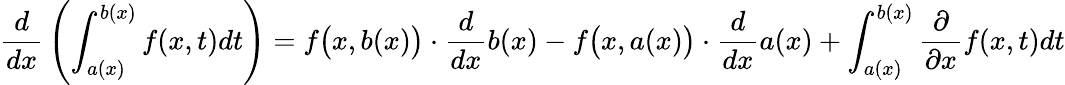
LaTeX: {\frac{d}{dx}}\left(\int_{a(x)}^{b(x)}f(x,t)dt\right)=f{\big(}x,b(x){\big)}\cdot{\frac{d}{dx}}b(x)-f{\big(}x,a(x){\big)}\cdot{\frac{d}{dx}}a(x)+\int_{a(x)}^{b(x)}{\frac{\partial}{\partial x}}f(x,t)dt